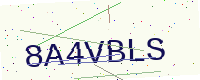
Text: 8A4VBLS